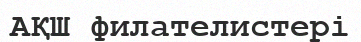
АҚШ филателистері